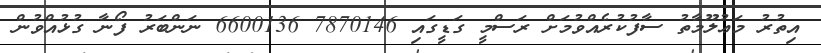
އިތުރު މަޢުލޫމާތު ސާފުކުރެއްވުމަށް ރަސްމީ ގަޑީގައި 7870146 6600136 ނަންބަރު ފޯނާ ގުޅުއްވުން